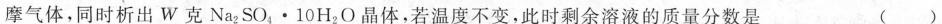
摩气体，同时析出W克$$Na_{2}SO_{4}\times 10H_{2}O$$晶体，若温度不变，此时剩余溶液的质量分数是 ()